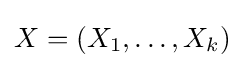
X=(X_{1},\ldots ,X_{k})